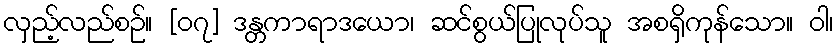
လှည့်လည်စဉ်။ [၀၇] ဒန္တကာရာဒယော၊ ဆင်စွယ်ပြုလုပ်သူ အစရှိကုန်သော။ ဝါ၊